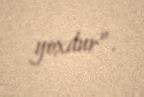
yoxdur”.